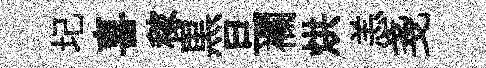
圮喜稼黒旦襴烘恙戔